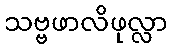
သဗ္ဗဖာလိဖုလ္လာ